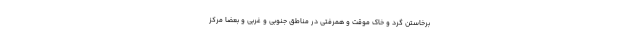
برخاستن گرد و خاک موقت و همرفتی در مناطق جنوبی و غربی و بعضا مرکز